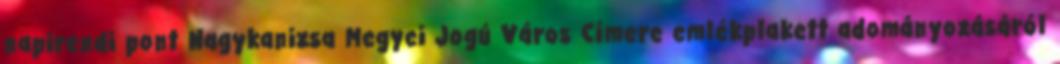
napirendi pont Nagykanizsa Megyei Jogú Város Címere emlékplakett adományozásáról